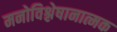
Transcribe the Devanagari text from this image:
मनोविश्लेषानात्मक